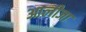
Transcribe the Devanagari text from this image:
आलीजा